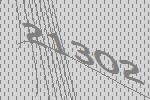
21302